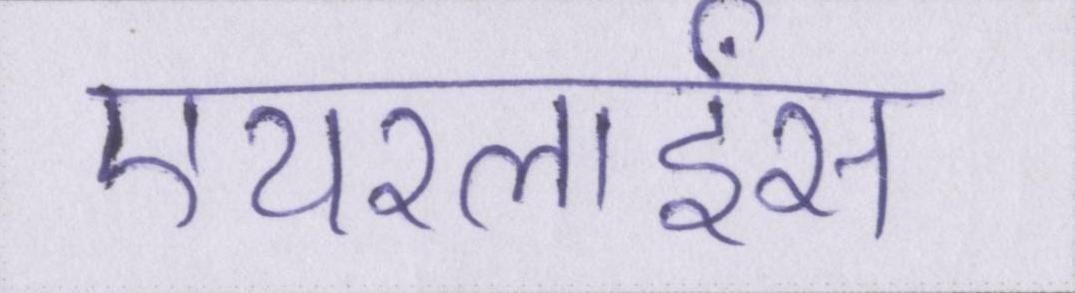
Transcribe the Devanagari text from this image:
एयरलाईंस